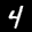
Digit: 4